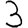
Digit: 3